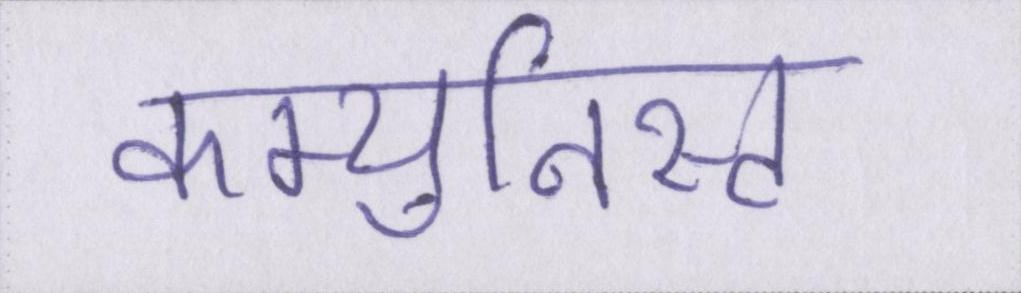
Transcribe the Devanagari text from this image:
कम्युनिस्ट